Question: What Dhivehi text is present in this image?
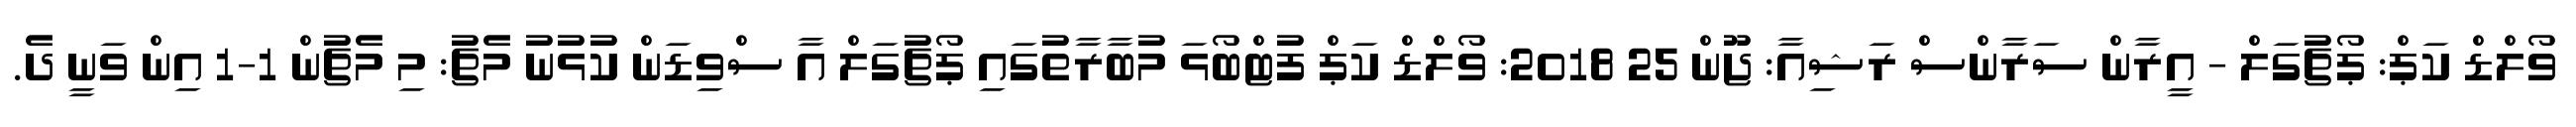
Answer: ވޯލްޑް ކަޕް: ޕޯޗުގަލް - އީރާން ސަރާންސް ރަޝިއާ: ޖޫން 25 2018: ވޯލްޑް ކަޕް ފުޓްބޯޅަ މުބާރާތުގައި ޕޯޗުގަލް އާ ސްވިޑަން ކުޅުނު މެޗު: މި މެޗުން 1-1 އިން ވަނީ ދެ.